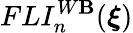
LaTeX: FLI_{n}^{W\mathbf{B}}(\boldsymbol{\xi})